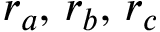
r _ { a } , \, r _ { b } , \, r _ { c }